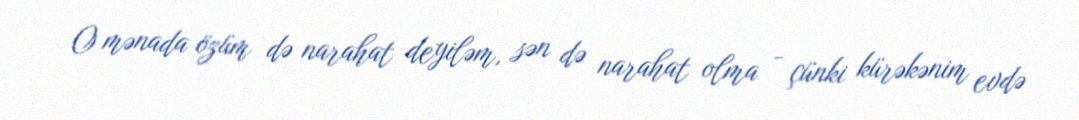
O mənada özüm də narahat deyiləm, sən də narahat olma - çünki kürəkənim evdə